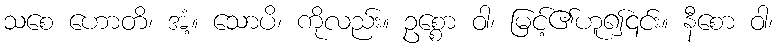
သစေ ဟောတိ၊ အံ့။ သောပိ၊ ကိုလည်း။ ဥစ္စော ဝါ၊ မြင့်၏ဟူ၍၎င်း။ နီစော ဝါ၊